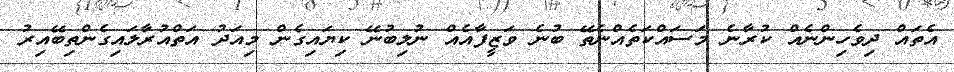
އެތައް ދިވެހިންނެއް ކުރާނެ މަސައްކަތެއްނެތޭ ބުނެ ވަޒީފާއެއް ނުލިބުނޭ ކިޔައިގެން މިއަދު އަތްއުރާލައިގެންތިބޭއިރު